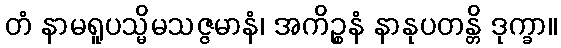
တံ နာမရူပသ္မိမသဇ္ဇမာနံ၊ အကိဉ္စနံ နာနုပတန္တိ ဒုက္ခာ။